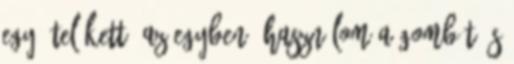
egy étel kettő az egyben, használom a gombát és